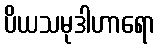
ပိယသမုဒါဟာရော